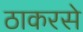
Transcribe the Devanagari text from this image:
ठाकरसे